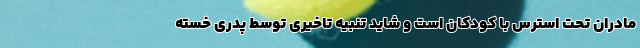
مادران تحت استرس با کودکان است و شاید تنبیه تاخیری توسط پدری خسته